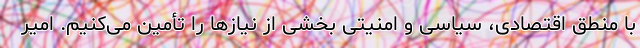
با منطق اقتصادی، سیاسی و امنیتی بخشی از نیازها را تأمین می‌کنیم. امیر